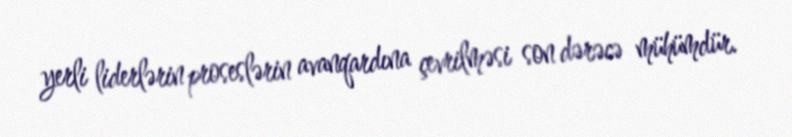
yerli liderlərin proseslərin avanqardına çevrilməsi son dərəcə mühümdür.